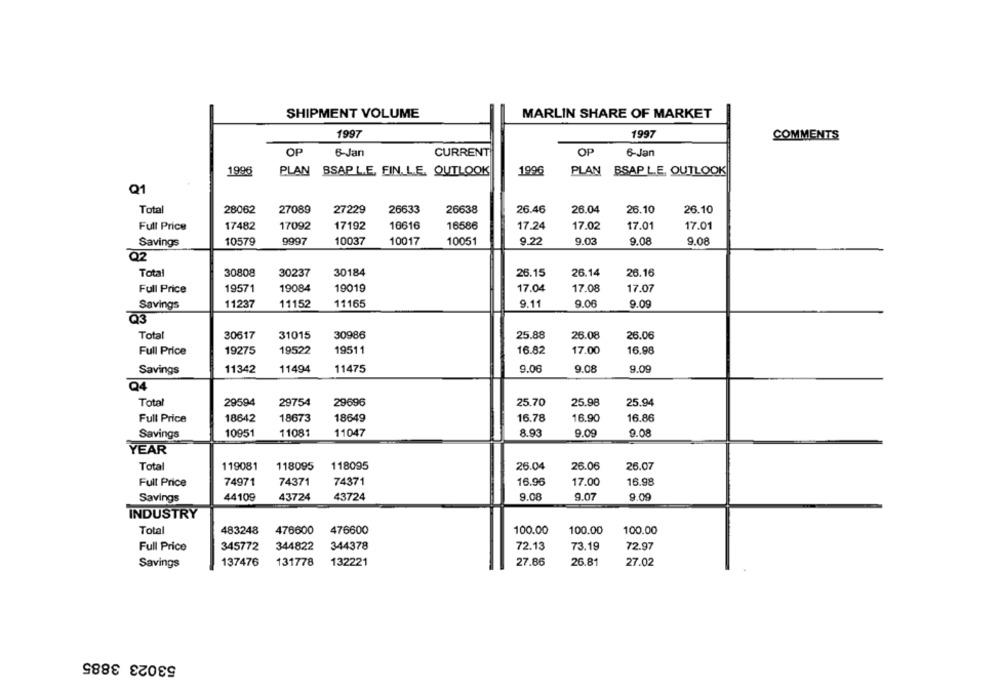
SHIPMENT VOLUME
MARLIN SHARE OF MARKET
1997
1997
COMMENTS
OP
6-Jan
CURRENT
OP
6-Jan
1996
PLAN BSAP LE, FIN. L.E. OUTLOOK
1996
PLAN BSAP L.E. OUTLOOK
Q1
Total
26.10
28062
27089
27229
26633
26638
26.46
26.04
26.10
Full Price
17482
17092
17192
10616
16586
17.24
17.02
17.01
17.01
10579
9997
10037
10017
10051
9.22
9.03
9.08
9.08
Savings
Q2
Total
30808
30237
30184
26.15
26.14
26.16
Full Price
19571
19084
19019
17.04
17.08
17.07
Savings
11237
11152
11165
9.11
9.06
9.09
Q3
Total
30617
31015
30986
25.88
26.08
26.06
Full Price
19275
19522
19511
16.82
17.00
16.98
Savings
11342
11494
11475
9.06
9.08
9.09
Q4
Total
29594
29754
29696
25.70
25.98
25.94
Full Price
18642
18673
18649
16.78
16.90
16.86
Savings
10951
11081
11047
8.93
9.09
9.08
YEAR
Total
119081
118095
118095
26.04
26.06
26.07
Full Price
74971
74371
74371
16.96
17.00
16.98
Savings
44109
43724
43724
9.08
9.07
9.00
INDUSTRY
Total
483248
476600
476600
100.00
100.00
100.00
Full Price
345772
344822
344378
72.13
73.19
72.97
137476
131778
27.86
26.81
Savings
132221
27.02
53023 3885